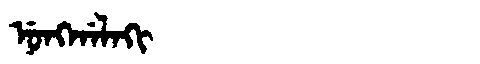
Manchu: ᠨᡠᠩᡤᠠᠯᠠᡴᡳ
Romanization: NUNGGALAKI